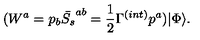
( W ^ { a } = p _ { b } \bar { S _ { s } } ^ { a b } = \frac { 1 } { 2 } \Gamma ^ { ( i n t ) } p ^ { a } ) | \Phi \rangle .